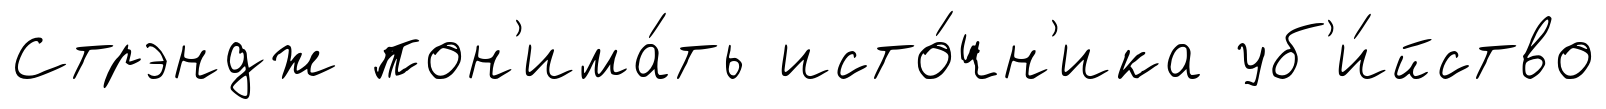
Стрэндж пон'има́ть исто́чн'ика уб'и́йство